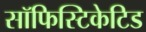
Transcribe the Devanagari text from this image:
सॉफिस्टिकेटिड